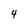
Character: 4